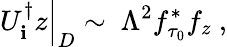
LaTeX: U_{\mathbf{i}}^{\dagger}z\Big|_{D}\sim\ \Lambda^{2}f_{\tau_{0}}^{*}f_{z}\ ,